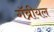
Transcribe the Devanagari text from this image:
गॅब्रीयल